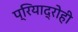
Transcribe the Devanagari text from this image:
प्रियाद्रोही